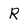
Character: R